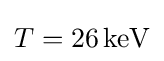
T=26\,\mathrm {keV}